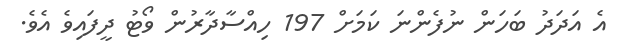
އެ އަދަދު ބަހަން ނުފެންނަ ކަމަށް 197 ހިއްސާދާރުން ވޯޓު ދީފައިވެ އެވެ.